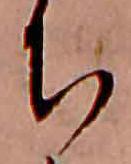
ち